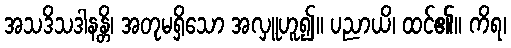
အသဒိသဒါနန္တိ၊ အတုမရှိသော အလှူဟူ၍။ ပညာယိ၊ ထင်၏။ ကိရ၊